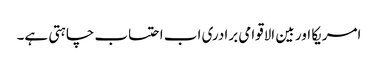
امریکا اور بین الاقوامی برادری اب احتساب چاہتی ہے۔